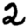
Digit: 2